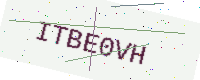
Text: ITBE0VH